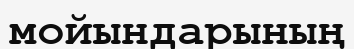
мойындарының